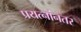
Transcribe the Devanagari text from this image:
प्रयत्नांनतर